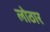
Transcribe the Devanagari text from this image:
लोठार